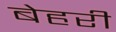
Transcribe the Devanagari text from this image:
बेहरी